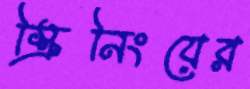
স্ক্রিনিংয়ের